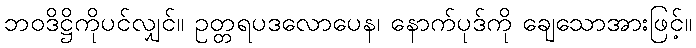
ဘဝဒိဋ္ဌိကိုပင်လျှင်။ ဥတ္တရပဒလောပေန၊ နောက်ပုဒ်ကို ချေသောအားဖြင့်။